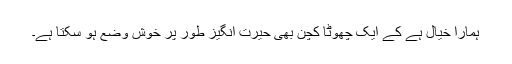
ہمارا خیال ہے کے ایک چھوٹا کچن بھی حیرت انگیز طور پر خوش وضع ہو سکتا ہے۔